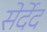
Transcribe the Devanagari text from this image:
सेर्देद